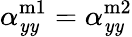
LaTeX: \alpha_{\mathit{y}\mathit{y}}^{\mathrm{{m1}}}=\alpha_{\mathit{y}\mathit{y}}^{\mathrm{{m2}}}